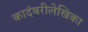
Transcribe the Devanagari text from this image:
कादंबरीलेखिका